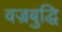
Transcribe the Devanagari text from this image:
वज्रबुद्धि